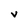
Character: V